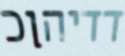
דדיהןכ